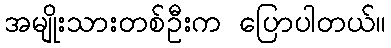
အမျိုးသားတစ်ဦးက ပြောပါတယ်။